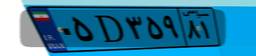
۰۵D۳۵۹۸۱